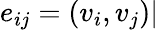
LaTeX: e_{ij}=(v_{i},v_{j})|